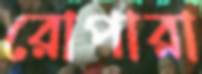
রোপারা